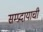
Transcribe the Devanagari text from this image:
सम्प्रदायाची